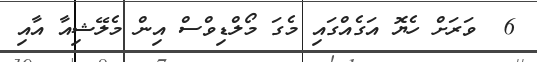
6  ވަރަށް ހެޔޮ އަގެއްގައި މެގަ މޯލްޑިވްސް އިން މެލޭޝިއާ އާއި